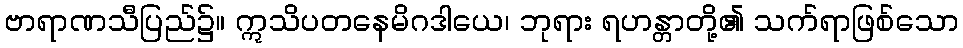
ဗာရာဏသီပြည်၌။ ဣသိပတနေမိဂဒါယေ၊ ဘုရား ရဟန္တာတို့၏ သက်ရာဖြစ်သော